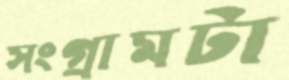
সংগ্রামটা